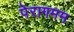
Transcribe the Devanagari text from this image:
पेरागमम